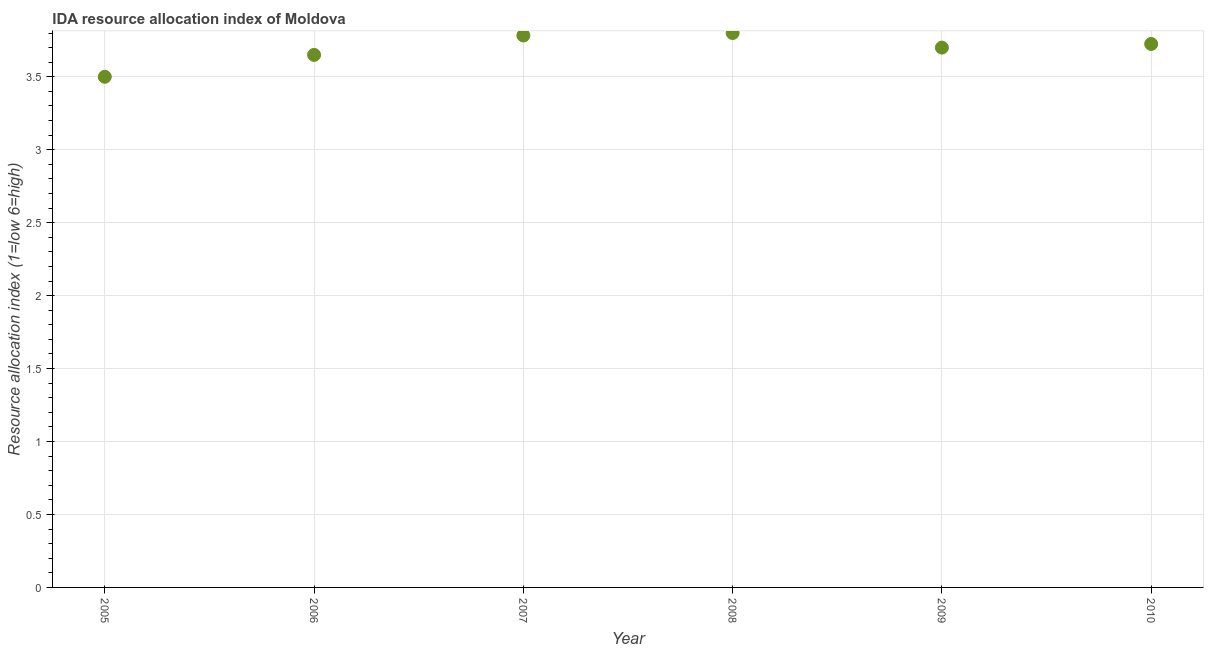
| Year | IDA resource allocation index |
 | --- | --- |
 | 2005 | 3.5 |
 | 2006 | 3.65 |
 | 2007 | 3.78 |
 | 2008 | 3.8 |
 | 2009 | 3.7 |
 | 2010 | 3.73 |